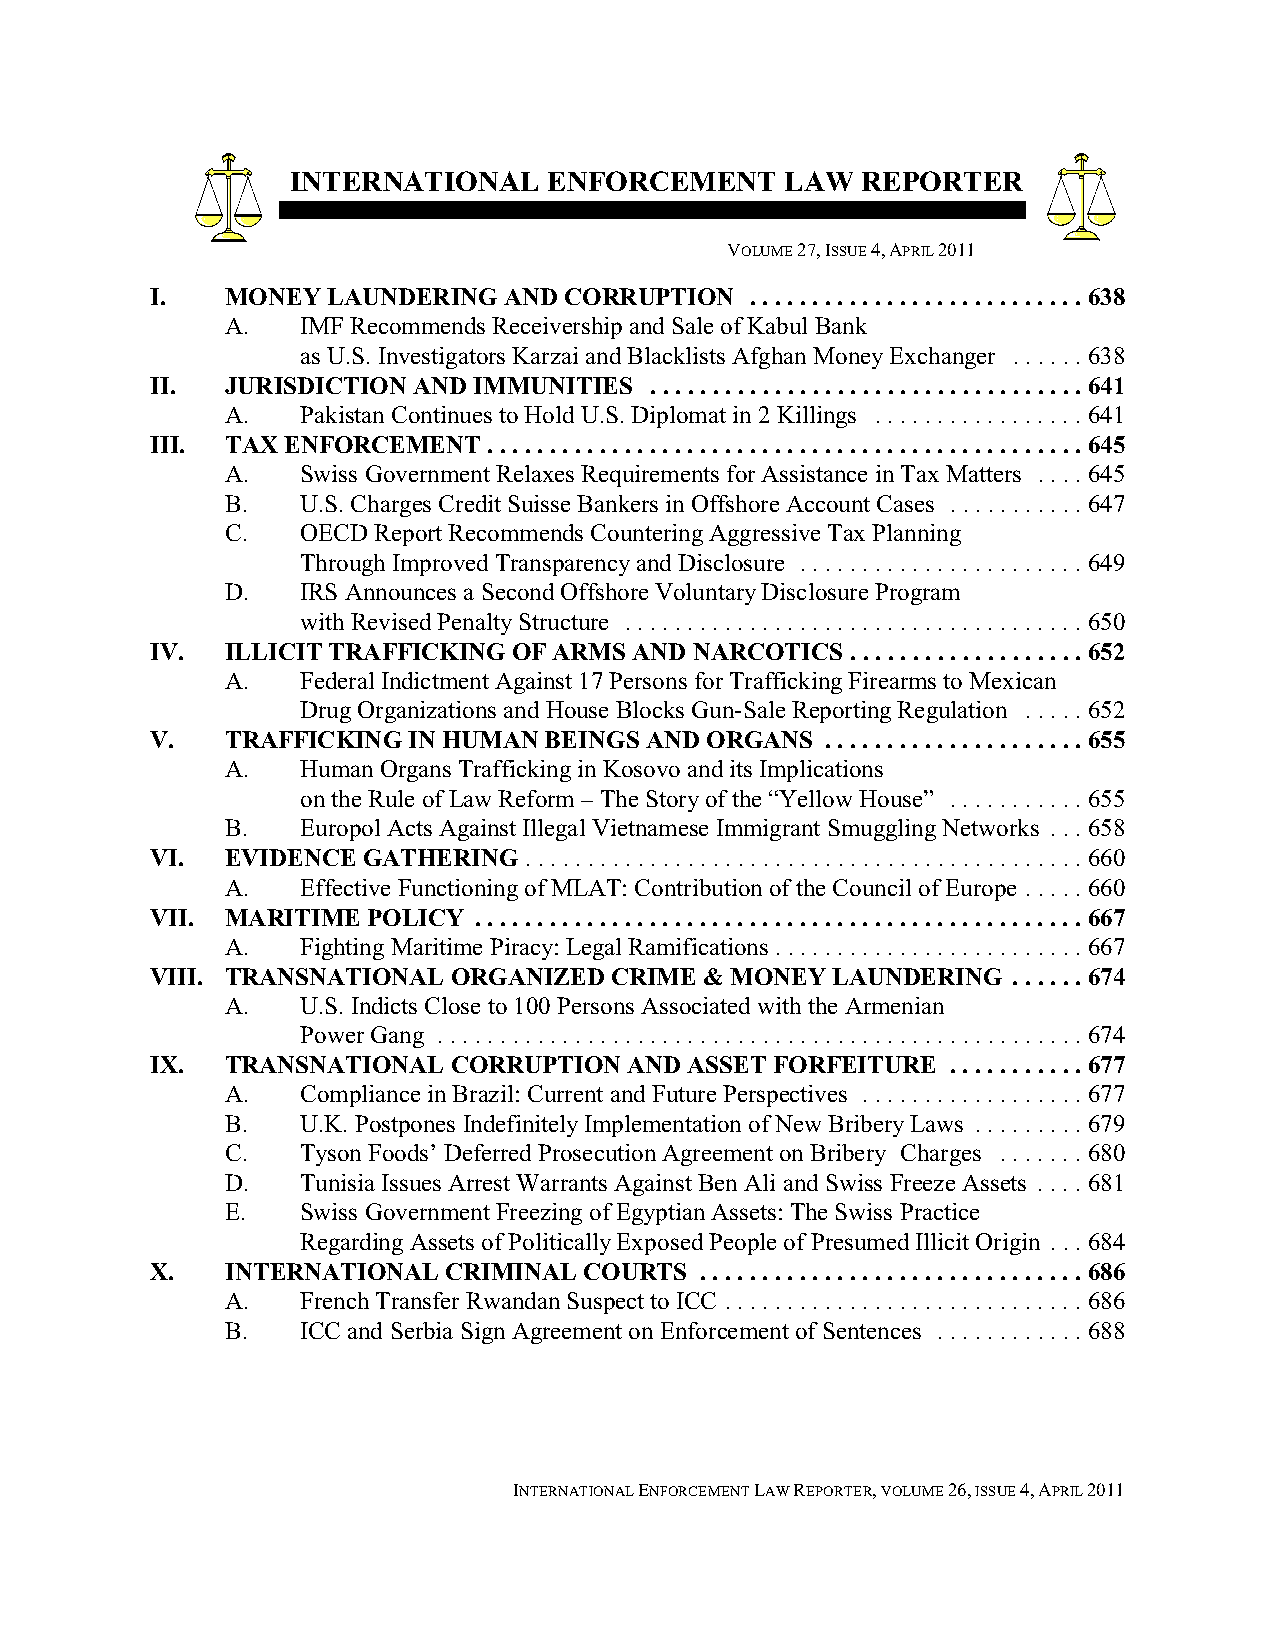
INTERNATIONAL    ENFORCEMENT     LAW  REPORTER
 VOLUME 27, ISSUE 4, APRIL 2011
 I.   MONEY  LAUNDERING AND CORRUPTION   ...........................638
 A.   IMF Recommends Receivership and Sale of Kabul Bank
 as U.S. Investigators Karzai and Blacklists Afghan Money Exchanger ......638
 II.  JURISDICTION AND IMMUNITIES ...................................641
 A.   Pakistan Continues to Hold U.S. Diplomat in 2 Killings .................641
 III. TAX ENFORCEMENT  ................................................645
 A.   Swiss Government Relaxes Requirements for Assistance in Tax Matters ....645
 B.   U.S. Charges Credit Suisse Bankers in Offshore Account Cases ...........647
 C.   OECD Report Recommends Countering Aggressive Tax Planning
 Through Improved Transparency and Disclosure ....................... 649
 D.   IRS Announces a Second Offshore Voluntary Disclosure Program
 with Revised Penalty Structure .....................................650
 IV.  ILLICIT TRAFFICKING OF ARMS AND NARCOTICS ...................652
 A.   Federal Indictment Against 17 Persons for Trafficking Firearms to Mexican
 Drug Organizations and House Blocks Gun-Sale Reporting Regulation .....652
 V.   TRAFFICKING IN HUMAN BEINGS AND ORGANS  .....................655
 A.   Human Organs Trafficking in Kosovo and its Implications
 on the Rule of Law Reform – The Story of the “Yellow House” ...........655
 B.   Europol Acts Against Illegal Vietnamese Immigrant Smuggling Networks ...658
 VI.  EVIDENCE GATHERING.............................................660
 A.   Effective Functioning of MLAT: Contribution of the Council of Europe .....660
 VII. MARITIME POLICY .................................................667
 A.   Fighting Maritime Piracy: Legal Ramifications .........................667
 VIII. TRANSNATIONAL ORGANIZED CRIME  & MONEY LAUNDERING  ......674
 A.   U.S. Indicts Close to 100 Persons Associated with the Armenian
 Power Gang ....................................................674
 IX.  TRANSNATIONAL  CORRUPTION  AND ASSET FORFEITURE ...........677
 A.   Compliance in Brazil: Current and Future Perspectives ..................677
 B.   U.K. Postpones Indefinitely Implementation of New Bribery Laws .........679
 C.   Tyson Foods’ Deferred Prosecution Agreement on Bribery Charges .......680
 D.   Tunisia Issues Arrest Warrants Against Ben Ali and Swiss Freeze Assets .... 681
 E.   Swiss Government Freezing of Egyptian Assets: The Swiss Practice
 Regarding Assets of Politically Exposed People of Presumed Illicit Origin ...684
 X.   INTERNATIONAL CRIMINAL  COURTS ............................... 686
 A.   French Transfer Rwandan Suspect to ICC ............................. 686
 B.   ICC and Serbia Sign Agreement on Enforcement of Sentences ............688
 INTERNATIONAL ENFORCEMENT LAW REPORTER, VOLUME 26, ISSUE 4, APRIL 2011